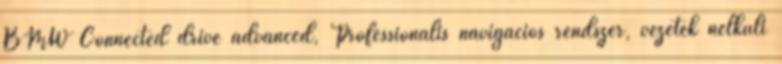
BMW Connected drive advanced, Professionális navigációs rendszer, vezeték nélküli